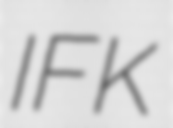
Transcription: IFK